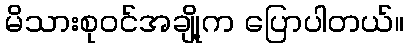
မိသားစုဝင်အချို့က ပြောပါတယ်။